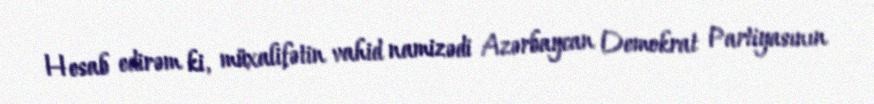
Hesab edirəm ki, müxalifətin vahid namizədi Azərbaycan Demokrat Partiyasının